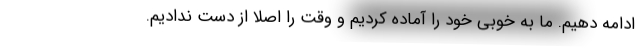
ادامه دهیم. ما به خوبی خود را آماده کردیم و وقت را اصلا از دست ندادیم.